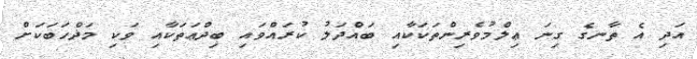
އަދި އެ ތާނގެ ގިނަ ޢިލްމުވެރިންތަކަކާއި ބައްދަލު ކުރައްވައި ބިދްޢަތަކާއި ވަކި މަޛްހަބަކަށް